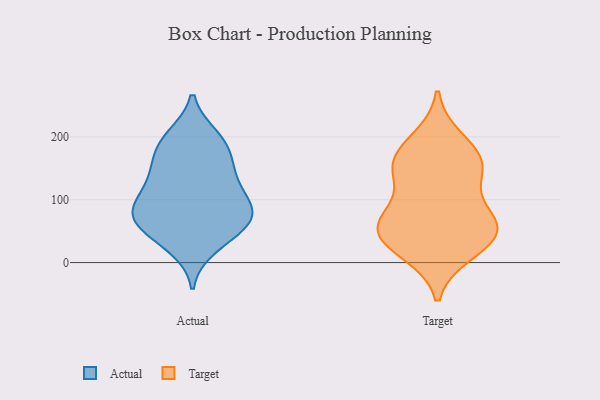
{"axis": {"x": "Active Users", "y": "Value"}, "legend": ["Actual", "Target"], "data": [{"x": "", "y": 42, "type": "Actual"}, {"x": "", "y": 67, "type": "Actual"}, {"x": "", "y": 71, "type": "Actual"}, {"x": "", "y": 50, "type": "Actual"}, {"x": "", "y": 169, "type": "Actual"}, {"x": "", "y": 82, "type": "Actual"}, {"x": "", "y": 194, "type": "Actual"}, {"x": "", "y": 78, "type": "Actual"}, {"x": "", "y": 25, "type": "Actual"}, {"x": "", "y": 143, "type": "Actual"}, {"x": "", "y": 189, "type": "Actual"}, {"x": "", "y": 86, "type": "Actual"}, {"x": "", "y": 130, "type": "Actual"}, {"x": "", "y": 200, "type": "Actual"}, {"x": "", "y": 88, "type": "Actual"}, {"x": "", "y": 143, "type": "Actual"}, {"x": "", "y": 110, "type": "Actual"}, {"x": "", "y": 154, "type": "Target"}, {"x": "", "y": 166, "type": "Target"}, {"x": "", "y": 69, "type": "Target"}, {"x": "", "y": 34, "type": "Target"}, {"x": "", "y": 154, "type": "Target"}, {"x": "", "y": 18, "type": "Target"}, {"x": "", "y": 39, "type": "Target"}, {"x": "", "y": 72, "type": "Target"}, {"x": "", "y": 140, "type": "Target"}, {"x": "", "y": 194, "type": "Target"}, {"x": "", "y": 52, "type": "Target"}, {"x": "", "y": 65, "type": "Target"}]}